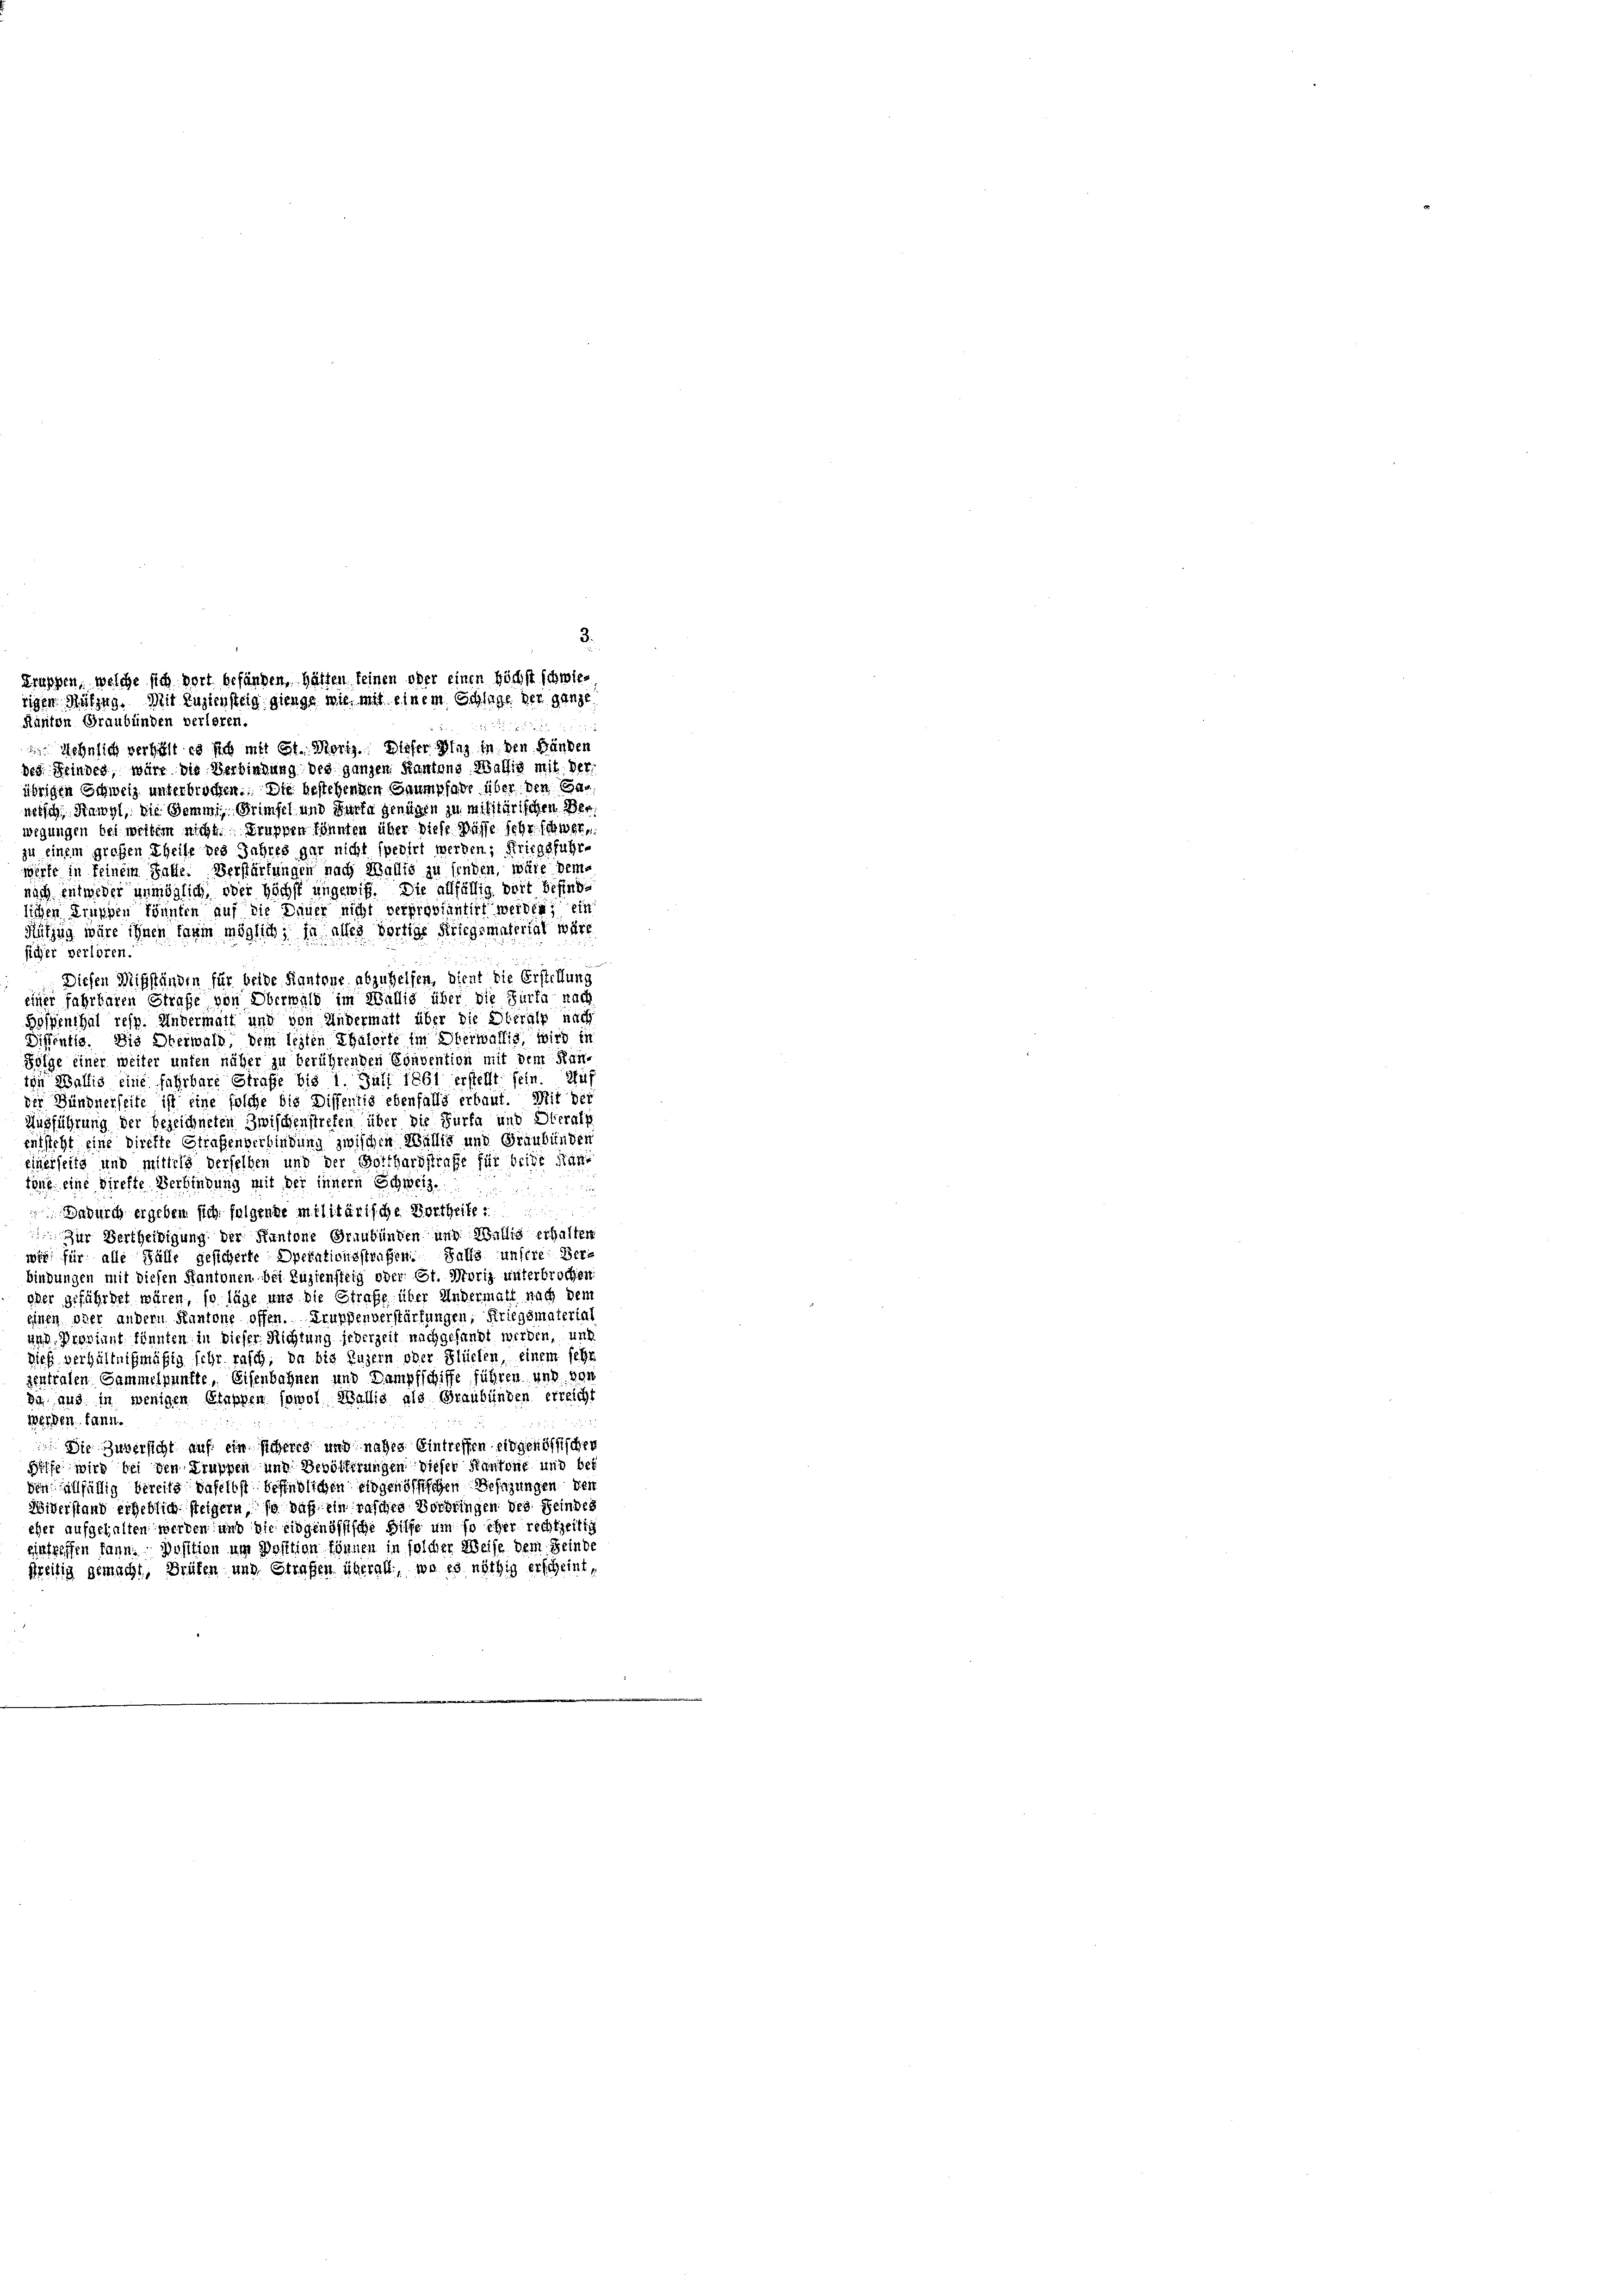
3.
Truppen, welche sich dort befänden, hätten keinen oder einen höchst schwietigen Hölzug. Mit Zuziensteig gienge wie mit einem Schlage der ganze
Ranton Graubünden verloren.

Hehnlich verhält es sich mit St. Moriz. Dieser Binz in den Bänden
des Feindes, wäre die Verbindung des ganzen Kantons Wallis mit der
übrigen Schweiz unterbrochen. Die bestehenden Saumpfade über den Caneisch, Kawyl, die Gemein Grimfel und Gürte genügen zu militärischen Ver
wegungen bei weitem nicht. Truppen könnten über diese Wasse sehr schwerzu einem großen Theile des Jahres gar nicht spedirt werden; Kriegsfuhr-
werte in seinem Falle. Verstärkungen nach Wallis zu senden, wille dem
nach entweder unmöglich oder höchst ungewiss. Die allfällig weit befinde
lichen Truppen könnten auf die Dauer nicht verproviantirt werden; ein
Sitzug wäre ihnen darin möglich, ja alles dortige Kriegsmaterial wäre
sicher verloren.
Diesen Missständen für beide Kantone abzuhelfen, dient die Erstellung
einer fahrbaren Strafe von Oberwald im Wallis über die Furka nach
Böffenthal resp. Andermatt und von Andermatt über die Überalp nach
Diffentls. Die Oberwald, dem leiten Thälerte in Oberwältig, wird in
Folge einer weiter unten näher zu berührenden Convention mit dem Kan-
ton Wallis eine fahrbare Strafe bis 1. Juli 1861 erstellt sein. Auf
der Bündnerseite ist eine solche bis Distentis ebenfalls erbaut. Mit der
Ausführung der bezeichneten Zwischenstreten über die Furfa und Oberalp
entsteht eine direkte Straßenverbindung zwischen Wallis und Graubünden
einerseits und mittels derselben und der Gotthardstrafe für beide Kantöne eine Direkte Verbindung mit der innern Schweiz.

ndurch ergeben sich folgende militärische Vortheile
Zür Vertheidigung der Kantone Graubünden und Wallis erhalten.
wir für alle Fälle gesicherte Operationsstrafen Falls unsere Verbindungen mit diesen Kantonen bei Zuziensteig oder Ct. Moriz unterbrochen.
oder gefährdet wären, so läge und die Strafe über Andermall nach dem
einen per andern Kantone offen. Gruppenverstärfungen, Kriegsmateria
a Puppinnt könnten in dieser Richtung jederzeit nachgefandt werden, und
sieh, verhältnißmäßig sehr rasch, da bis Luzern oder Flücken, einem schr
zentrafen Sammelpunkte, Eisenbahnen und Dampfschiffe führen, und von
in aus in wenigen Stappen sowol Wallis als Graubünden erreicht
werden kann.
Die Zuversicht auf ein sicherig und naches Eintreffen eidgenössischer
Diffe wird bei den Truppen und Bevölkerungen dieser Kantone und bet
sen allfällig bereits daselbst befindlichen eidgenössischen Besazungen der
Widerstand erheblich steigern, so daß ein rasches Vorbringen des Feindes
eher aufgehalten werden und die eidgenössische Hilfe um so eher rechtzeitig
eintreffen kann. Dosition um Dosition können in solcher Weise dem Feinde
freitig gemacht, Brüfen und Strafen überall, wo es nöthig erscheint,